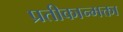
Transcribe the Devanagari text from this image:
प्रतीकान्मक्ता